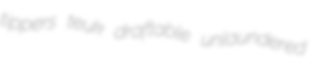
tippers teuk draftable unlaundered